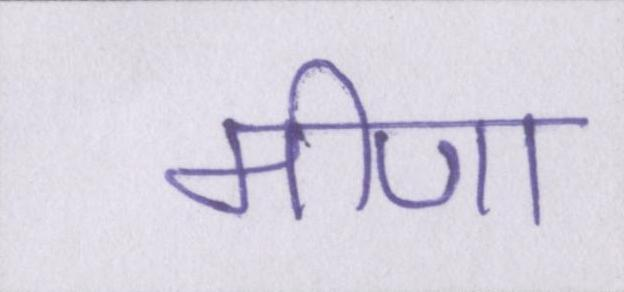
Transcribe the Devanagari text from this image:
मीणा